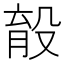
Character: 𣪟